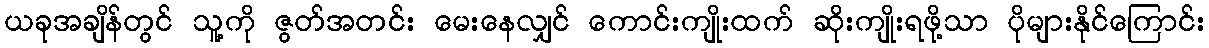
ယခုအချိန်တွင် သူ့ကို ဇွတ်အတင်း မေးနေလျှင် ကောင်းကျိုးထက် ဆိုးကျိုးရဖို့သာ ပိုများနိုင်ကြောင်း